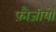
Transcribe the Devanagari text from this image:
फ़ौजीयों